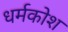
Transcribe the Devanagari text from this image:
धर्मकोश